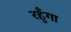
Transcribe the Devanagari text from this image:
रहुँगा